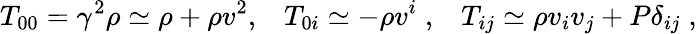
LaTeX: T_{00}=\gamma^{2}\rho\simeq\rho+\rho v^{2},\; \; \; T_{0i}\simeq-\rho v^{i}\; ,\; \; \; T_{ij}\simeq\rho v_{i}v_{j}+P\delta_{ij}\; ,